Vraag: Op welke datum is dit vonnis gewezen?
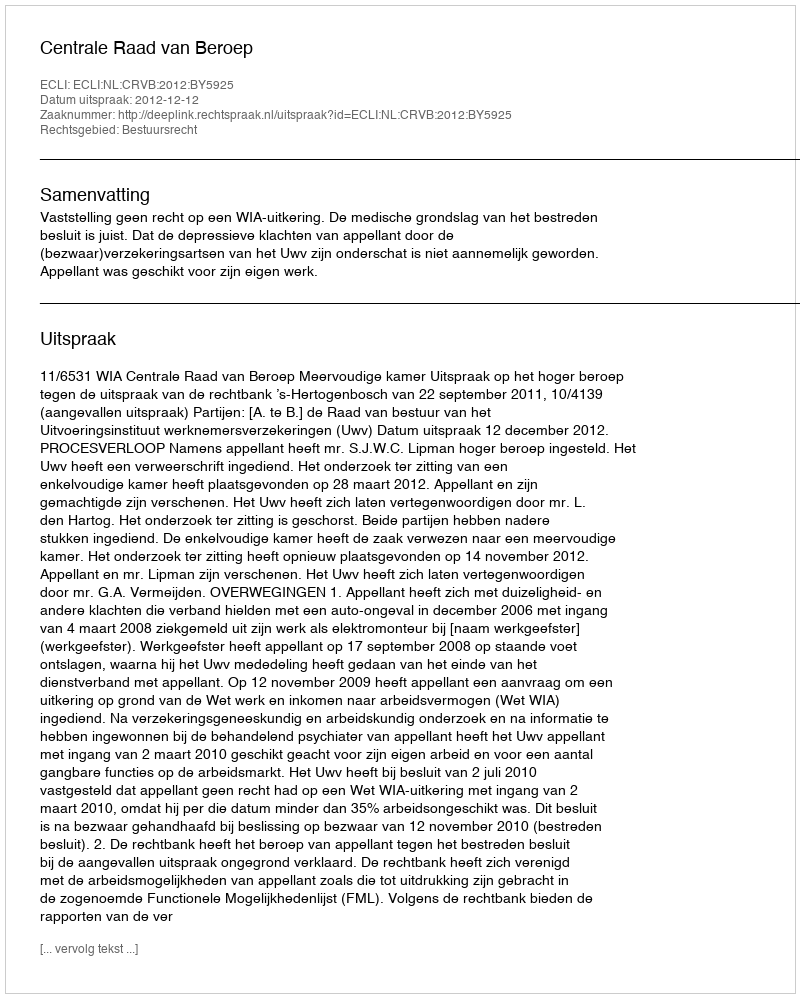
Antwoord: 2012-12-12